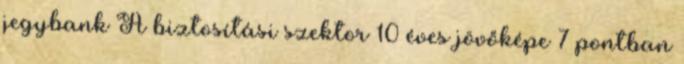
jegybank A biztosítási szektor 10 éves jövőképe 7 pontban